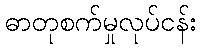
ဓာတုစက်မှုလုပ်ငန်း